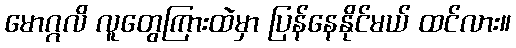
မောဂ္ဂလိ လူတွေကြားထဲမှာ ပြန်နေနိုင်မယ် ထင်လား။